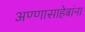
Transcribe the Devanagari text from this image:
अण्णासाहेबांना